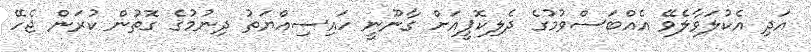
އަދި އެކުލަވާލެވޭ އެއްބަސްވުމުގެ ދެލިކޮޕީއަށް ގާނޫނީ ހައިސިއްޔަތު ދިނުމުގެ ގޮތުން ކުރަން ޖެހޭ